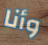
وأنا